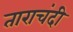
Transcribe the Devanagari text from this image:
ताराचंदी